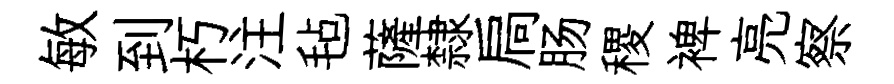
敏到朽注毡薩隸扃肠稷裨亮察